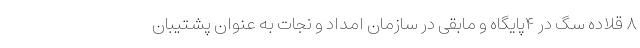
۸ قلاده سگ در ۴پایگاه و مابقی در سازمان امداد و نجات به عنوان پشتیبان